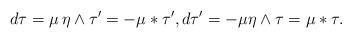
LaTeX: \begin{align*}d\tau = \mu\,\eta \wedge\tau'=-\mu\ast\tau', d\tau' = -\mu\eta\wedge\tau = \mu\ast \tau.\end{align*}